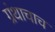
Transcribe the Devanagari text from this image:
ग्रंथाचाच